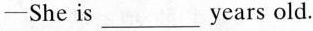
-She is ___ years old.